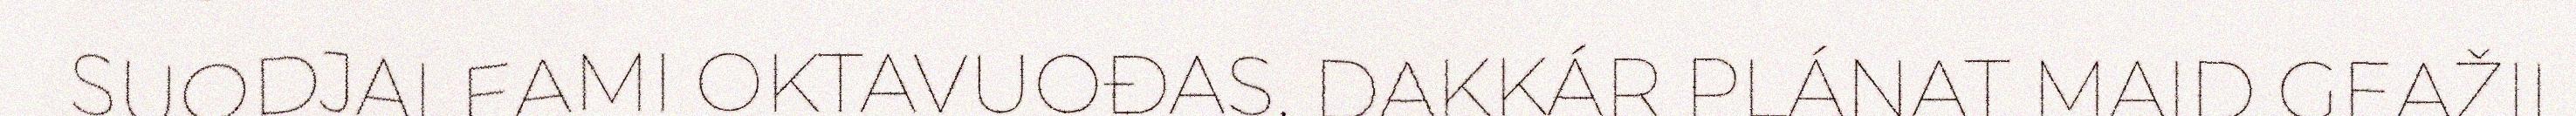
SUODJALEAMI OKTAVUOĐAS. DAKKÁR PLÁNAT MAID GEAŽIL